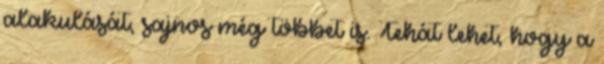
alakulását, sajnos még többet is. Tehát lehet, hogy a